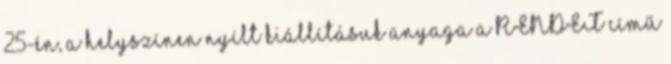
25-én, a helyszínen nyílt kiállításuk anyaga a RENDET című